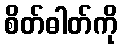
စိတ်ဓါတ်ကို